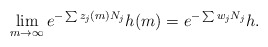
\begin{align*}\lim_{m \to \infty} e^{-\sum z_j(m) N_j} h(m) = e^{-\sum w_j N_j} h.\end{align*}